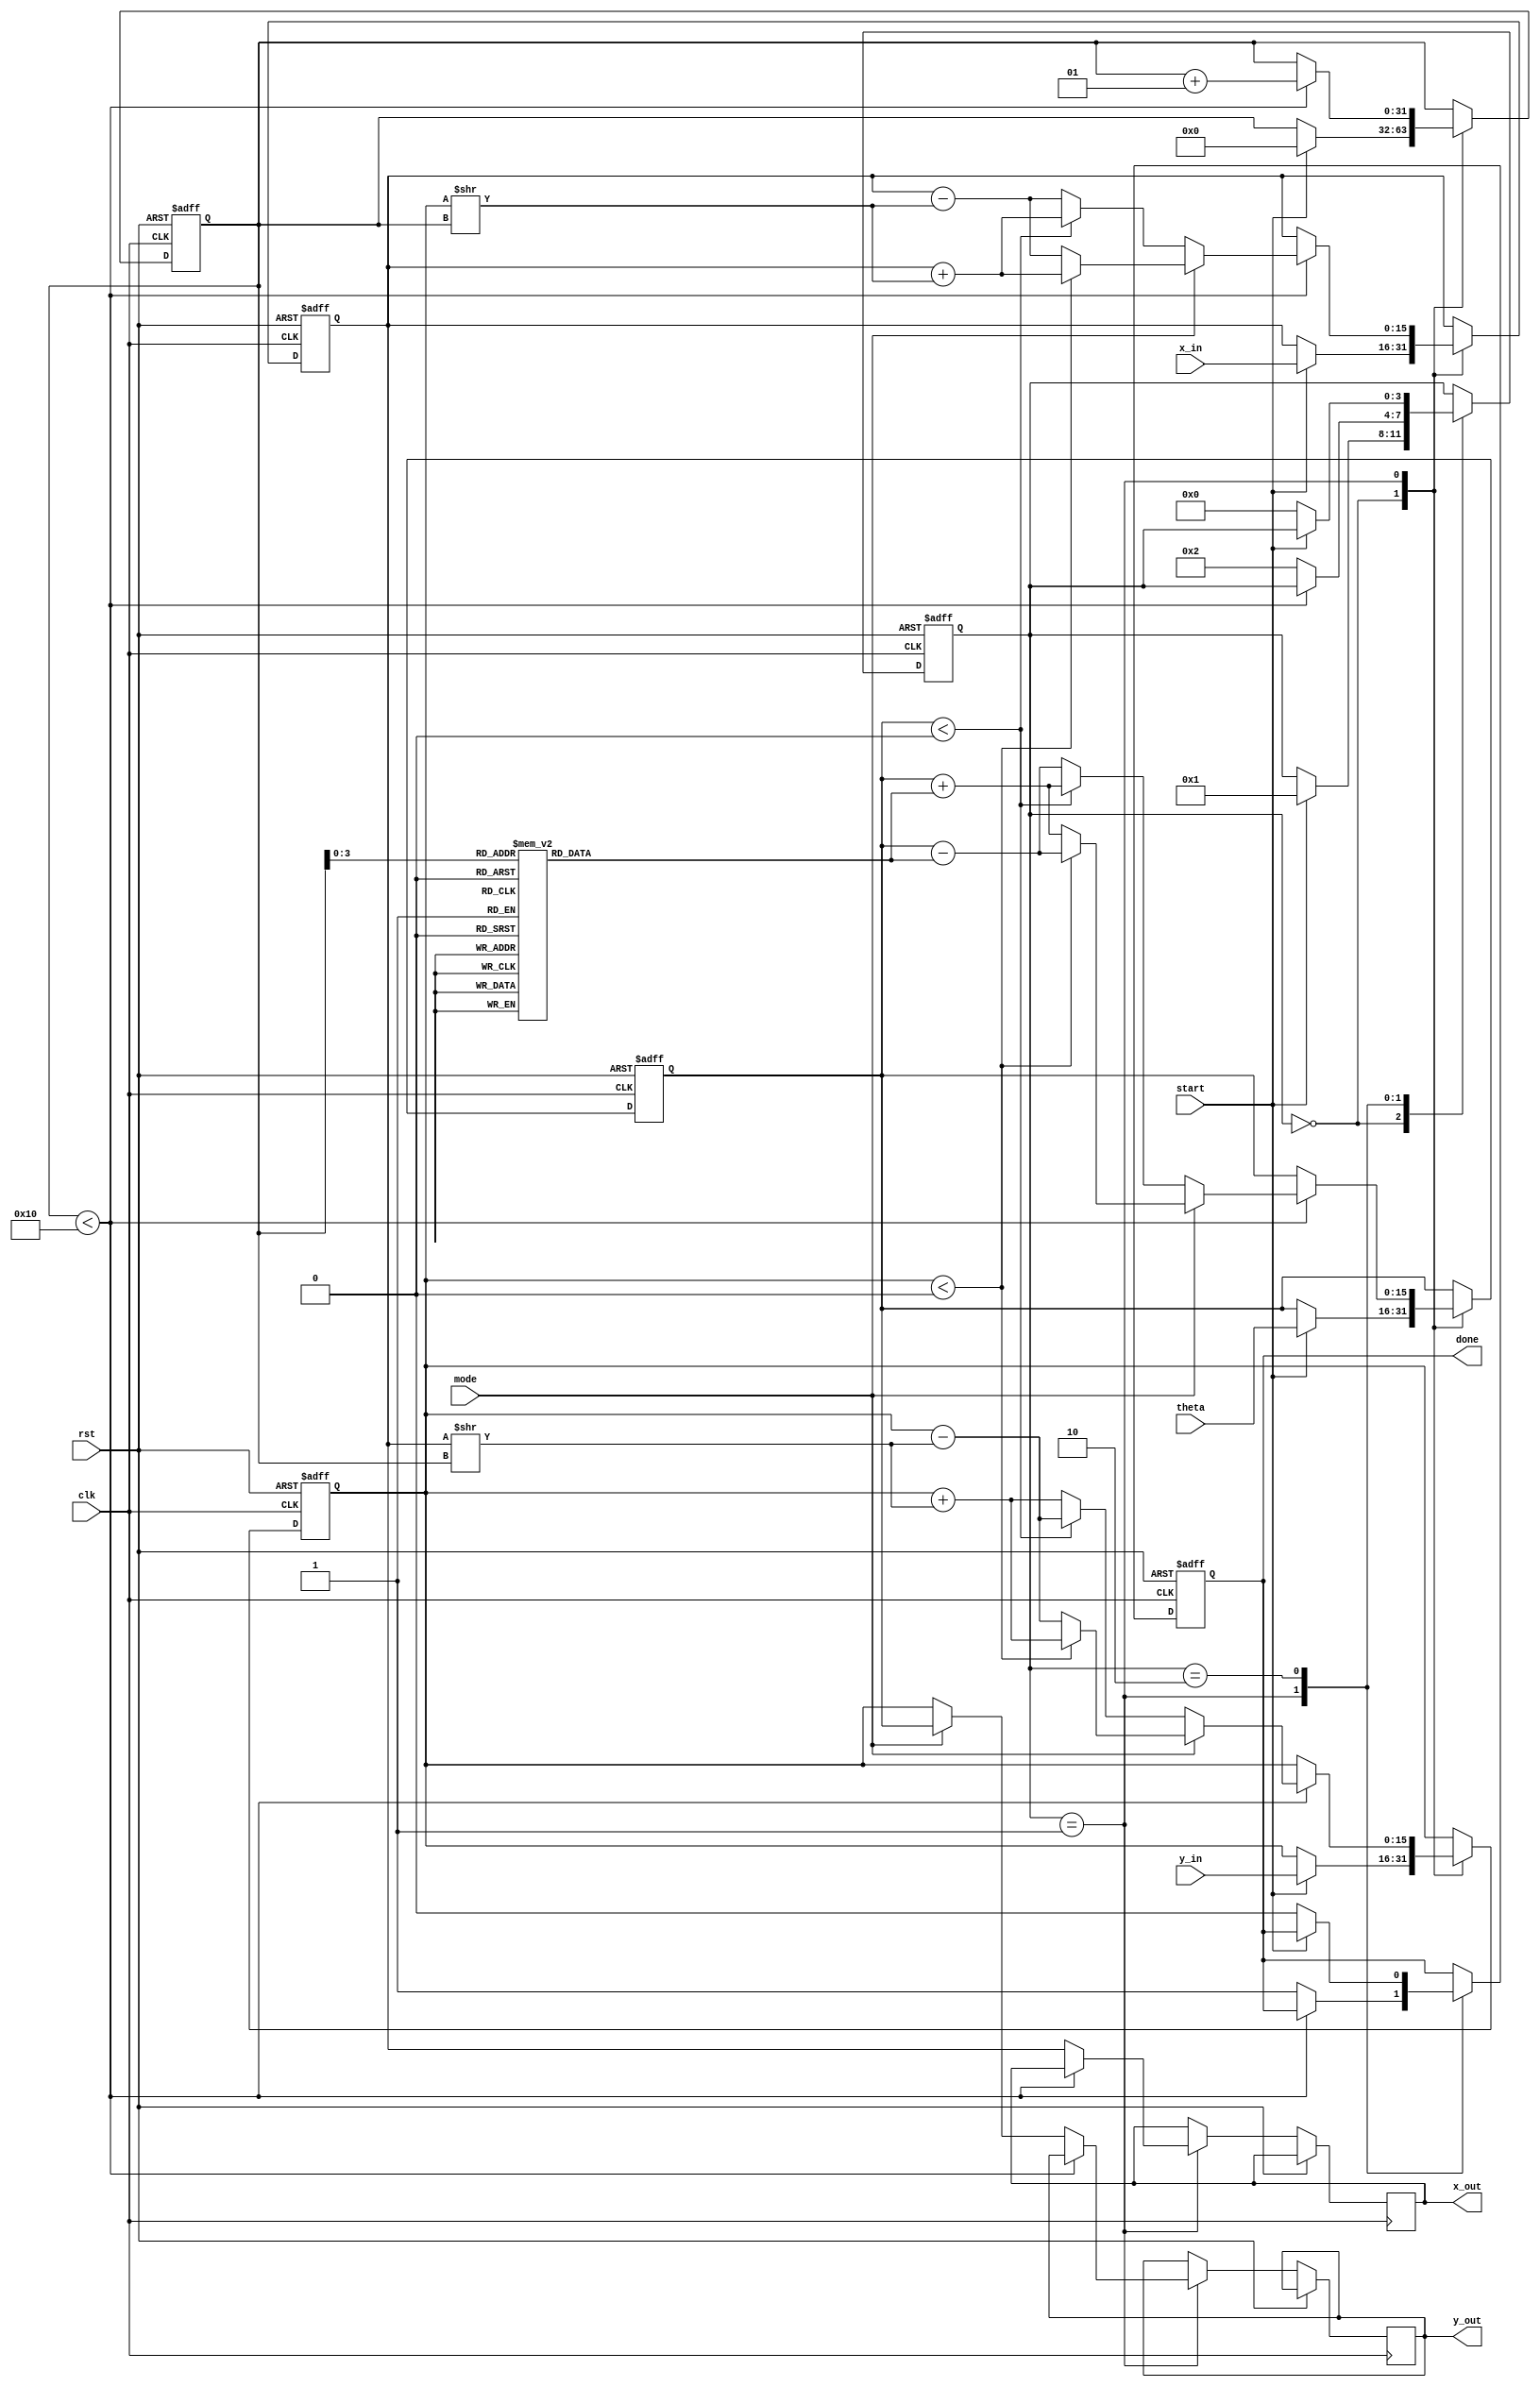
module cordic (
    input clk,
    input rst,
    input start,
    input mode,  // 0: Rotation, 1: Vectoring
    input [15:0] theta, // Angle input in radians (fixed-point representation)
    input [15:0] x_in,  // Initial X input
    input [15:0] y_in,  // Initial Y input
    output reg [15:0] x_out, // Final X output (cos(theta) or magnitude)
    output reg [15:0] y_out, // Final Y output (sin(theta) or angle)
    output reg done // Indicates when computation is complete
);

    // CORDIC parameters
    parameter NUM_ITERATIONS = 16; // Number of iterations to perform
    reg [15:0] angle_table [0:NUM_ITERATIONS-1]; // Angle Lookup Table
    initial begin
        // Precomputed angles in fixed-point representation
        angle_table[0] = 16'h2000; // atan(2^-0)
        angle_table[1] = 16'h199A; // atan(2^-1)
        angle_table[2] = 16'h1333; // atan(2^-2)
        angle_table[3] = 16'h0CCC; // atan(2^-3)
        angle_table[4] = 16'h0666; // atan(2^-4)
        angle_table[5] = 16'h0333; // atan(2^-5)
        angle_table[6] = 16'h0199; // atan(2^-6)
        angle_table[7] = 16'h00CC; // atan(2^-7)
        angle_table[8] = 16'h0066; // atan(2^-8)
        angle_table[9] = 16'h0033; // atan(2^-9)
        angle_table[10] = 16'h0019; // atan(2^-10)
        angle_table[11] = 16'h000C; // atan(2^-11)
        angle_table[12] = 16'h0006; // atan(2^-12)
        angle_table[13] = 16'h0003; // atan(2^-13)
        angle_table[14] = 16'h0002; // atan(2^-14)
        angle_table[15] = 16'h0001; // atan(2^-15)
    end

    reg [15:0] x, y, z; // Internal registers for computations
    integer iter; // Iteration counter
    reg [3:0] state; // State register
    parameter IDLE = 4'b0000, COMPUTE = 4'b0001, DONE = 4'b0010;

    always @(posedge clk or posedge rst) begin
        if (rst) begin
            // Reset outputs and state
            done <= 1'b0;
            x <= 16'b0;
            y <= 16'b0;
            z <= 16'b0;
            iter <= 0;
            state <= IDLE;
        end else begin
            case (state)
                IDLE: begin
                    if (start) begin
                        // Initialize for computation
                        x <= x_in;
                        y <= y_in;
                        z <= theta; // Input angle
                        iter <= 0;
                        state <= COMPUTE;
                    end
                end

                COMPUTE: begin
                    // Perform CORDIC iterations
                    if (iter < NUM_ITERATIONS) begin
                        if (mode == 1'b0) begin // Rotation Mode
                            // Rotation
                            if (z < 0) begin
                                x <= x + (y >> iter);
                                y <= y - (x >> iter);
                                z <= z + angle_table[iter];
                            end else begin
                                x <= x - (y >> iter);
                                y <= y + (x >> iter);
                                z <= z - angle_table[iter];
                            end
                        end else begin // Vectoring Mode
                            // Vectoring
                            if (y < 0) begin
                                x <= x + (y >> iter);
                                y <= y + (x >> iter);
                                z <= z - angle_table[iter];
                            end else begin
                                x <= x - (y >> iter);
                                y <= y - (x >> iter);
                                z <= z + angle_table[iter];
                            end
                        end
                        iter <= iter + 1;
                    end else begin
                        // Finished computation
                        done <= 1'b1;
                        x_out <= x; // Store computed X output
                        y_out <= (mode == 1'b0) ? y : z; // Store Y or angle output
                        state <= DONE;
                    end
                end

                DONE: begin
                    if (!start) begin
                        done <= 1'b0;
                        state <= IDLE; // Reset to idle if not starting
                    end
                end
            endcase
        end
    end
endmodule